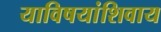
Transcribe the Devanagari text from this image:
याविषयांशिवाय